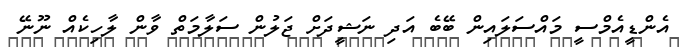
އެންޑީއެމްސީ މައްސަލައިން ބޭބެ އަދި ނަޝީދަށް ޖަލުން ސަލާމަތް ވާން ލާހިކެއް ނޫނޭ